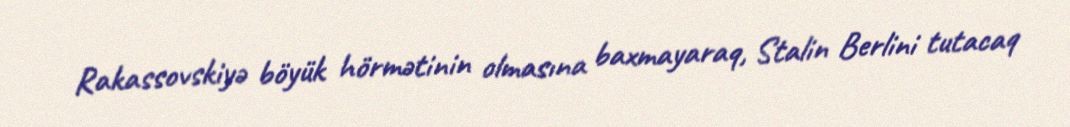
Rakassovskiyə böyük hörmətinin olmasına baxmayaraq, Stalin Berlini tutacaq